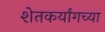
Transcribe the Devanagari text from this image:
शेतकर्यांगच्या